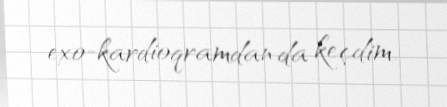
exo-kardioqramdan da keçdim.